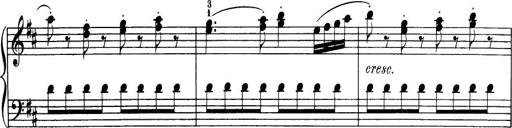
Title: 32 Sonatinas and Rondos for the Piano
Composer: Richard Kleinmichel